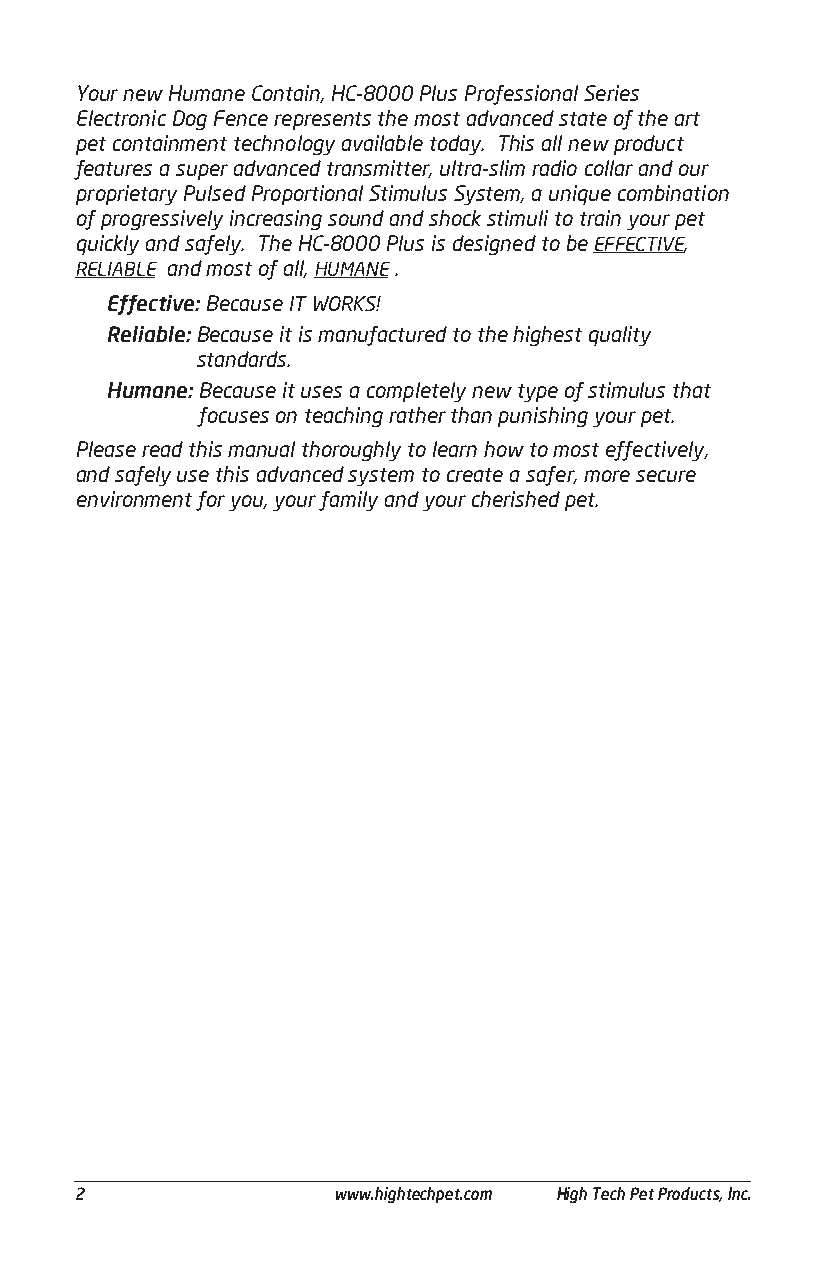
Your new Humane Contain, HC-8000 Plus Professional Series
 Electronic Dog Fence represents the most advanced state of the art
 pet containment technology available today. This all new product
 features a super advanced transmitter, ultra-slim radio collar and our
 proprietary Pulsed Proportional Stimulus System, a unique combination
 of progressively increasing sound and shock stimuli to train your pet
 quickly and safely. The HC-8000 Plus is designed to be EFFECTIVE,
 RELIABLE and most of all, HUMANE .
 Effective: Because IT WORKS!
 Reliable: Because it is manufactured to the highest quality
 standards.
 Humane: Because it uses a completely new type of stimulus that
 focuses on teaching rather than punishing your pet.
 Please read this manual thoroughly to learn how to most effectively,
 and safely use this advanced system to create a safer, more secure
 environment for you, your family and your cherished pet.
 ______________________________________________________________________________________
 2                www.hightechpet.com High Tech Pet Products, Inc.